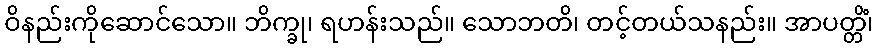
ဝိနည်းကိုဆောင်သော။ ဘိက္ခု၊ ရဟန်းသည်။ သောဘတိ၊ တင့်တယ်သနည်း။ အာပတ္တိံ၊